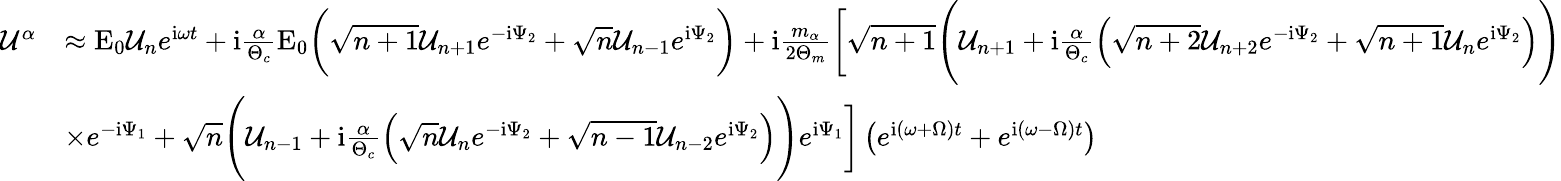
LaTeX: \begin{array}{rl}{\mathcal{U}^{\alpha}}&{\approx\mathrm{E}_{0}\mathcal{U}_{n}e^{\mathrm{i}\omega t}+\mathrm{i}\frac{\alpha}{\Theta_{c}}\mathrm{E}_{0}\bigg(\sqrt{n+1}\mathcal{U}_{n+1}e^{-\mathrm{i}\Psi_{2}}+\sqrt{n}\mathcal{U}_{n-1}e^{\mathrm{i}\Psi_{2}}\bigg)+\mathrm{i}\frac{m_{\alpha}}{2\Theta_{m}}\bigg[\sqrt{n+1}\Bigg(\mathcal{U}_{n+1}+\mathrm{i}\frac{\alpha}{\Theta_{c}}\Big(\sqrt{n+2}\mathcal{U}_{n+2}e^{-\mathrm{i}\Psi_{2}}+\sqrt{n+1}\mathcal{U}_{n}e^{\mathrm{i}\Psi_{2}}\Big)\Bigg)}\\ &{\times e^{-\mathrm{i}\Psi_{1}}+\sqrt{n}\Bigg(\mathcal{U}_{n-1}+\mathrm{i}\frac{\alpha}{\Theta_{c}}\Big(\sqrt{n}\mathcal{U}_{n}e^{-\mathrm{i}\Psi_{2}}+\sqrt{n-1}\mathcal{U}_{n-2}e^{\mathrm{i}\Psi_{2}}\Big)\Bigg)e^{\mathrm{i}\Psi_{1}}\bigg]\left(e^{\mathrm{i}(\omega+\Omega)t}+e^{\mathrm{i}(\omega-\Omega)t}\right)}\end{array}